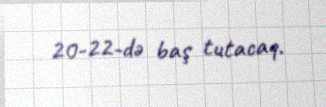
20-22-də baş tutacaq.